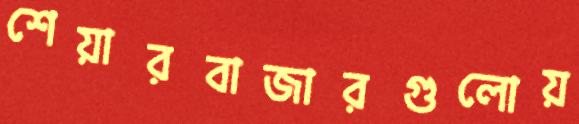
শেয়ারবাজারগুলোয়